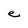
Character: e